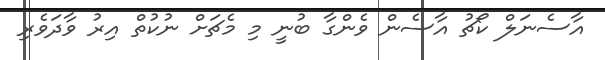
އާސެނަލް ކޯޗު އާސެން ވެންގާ ބުނީ މި މެޗަށް ނުކުތް އިރު ވާދަވެރި